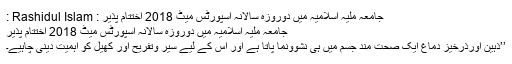
جامعہ ملیہ اسلامیہ میں دوروزہ سالانہ اسپورٹس میٹ 2018 اختتام پذیر : Rashidul Islam :
جامعہ ملیہ اسلامیہ میں دوروزہ سالانہ اسپورٹس میٹ 2018 اختتام پذیر
’’ذہین اورذرخیز دماغ ایک صحت مند جسم میں ہی نشوونما پاتا ہے اور اس کے لیے سیر وتفریح اور کھیل کو اہمیت دینی چاہیے۔